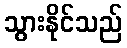
သွားနိုင်သည်